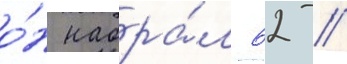
о́н набра́л 62 //